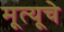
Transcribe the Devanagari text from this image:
मूत्यूचे